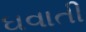
ઘવાતી